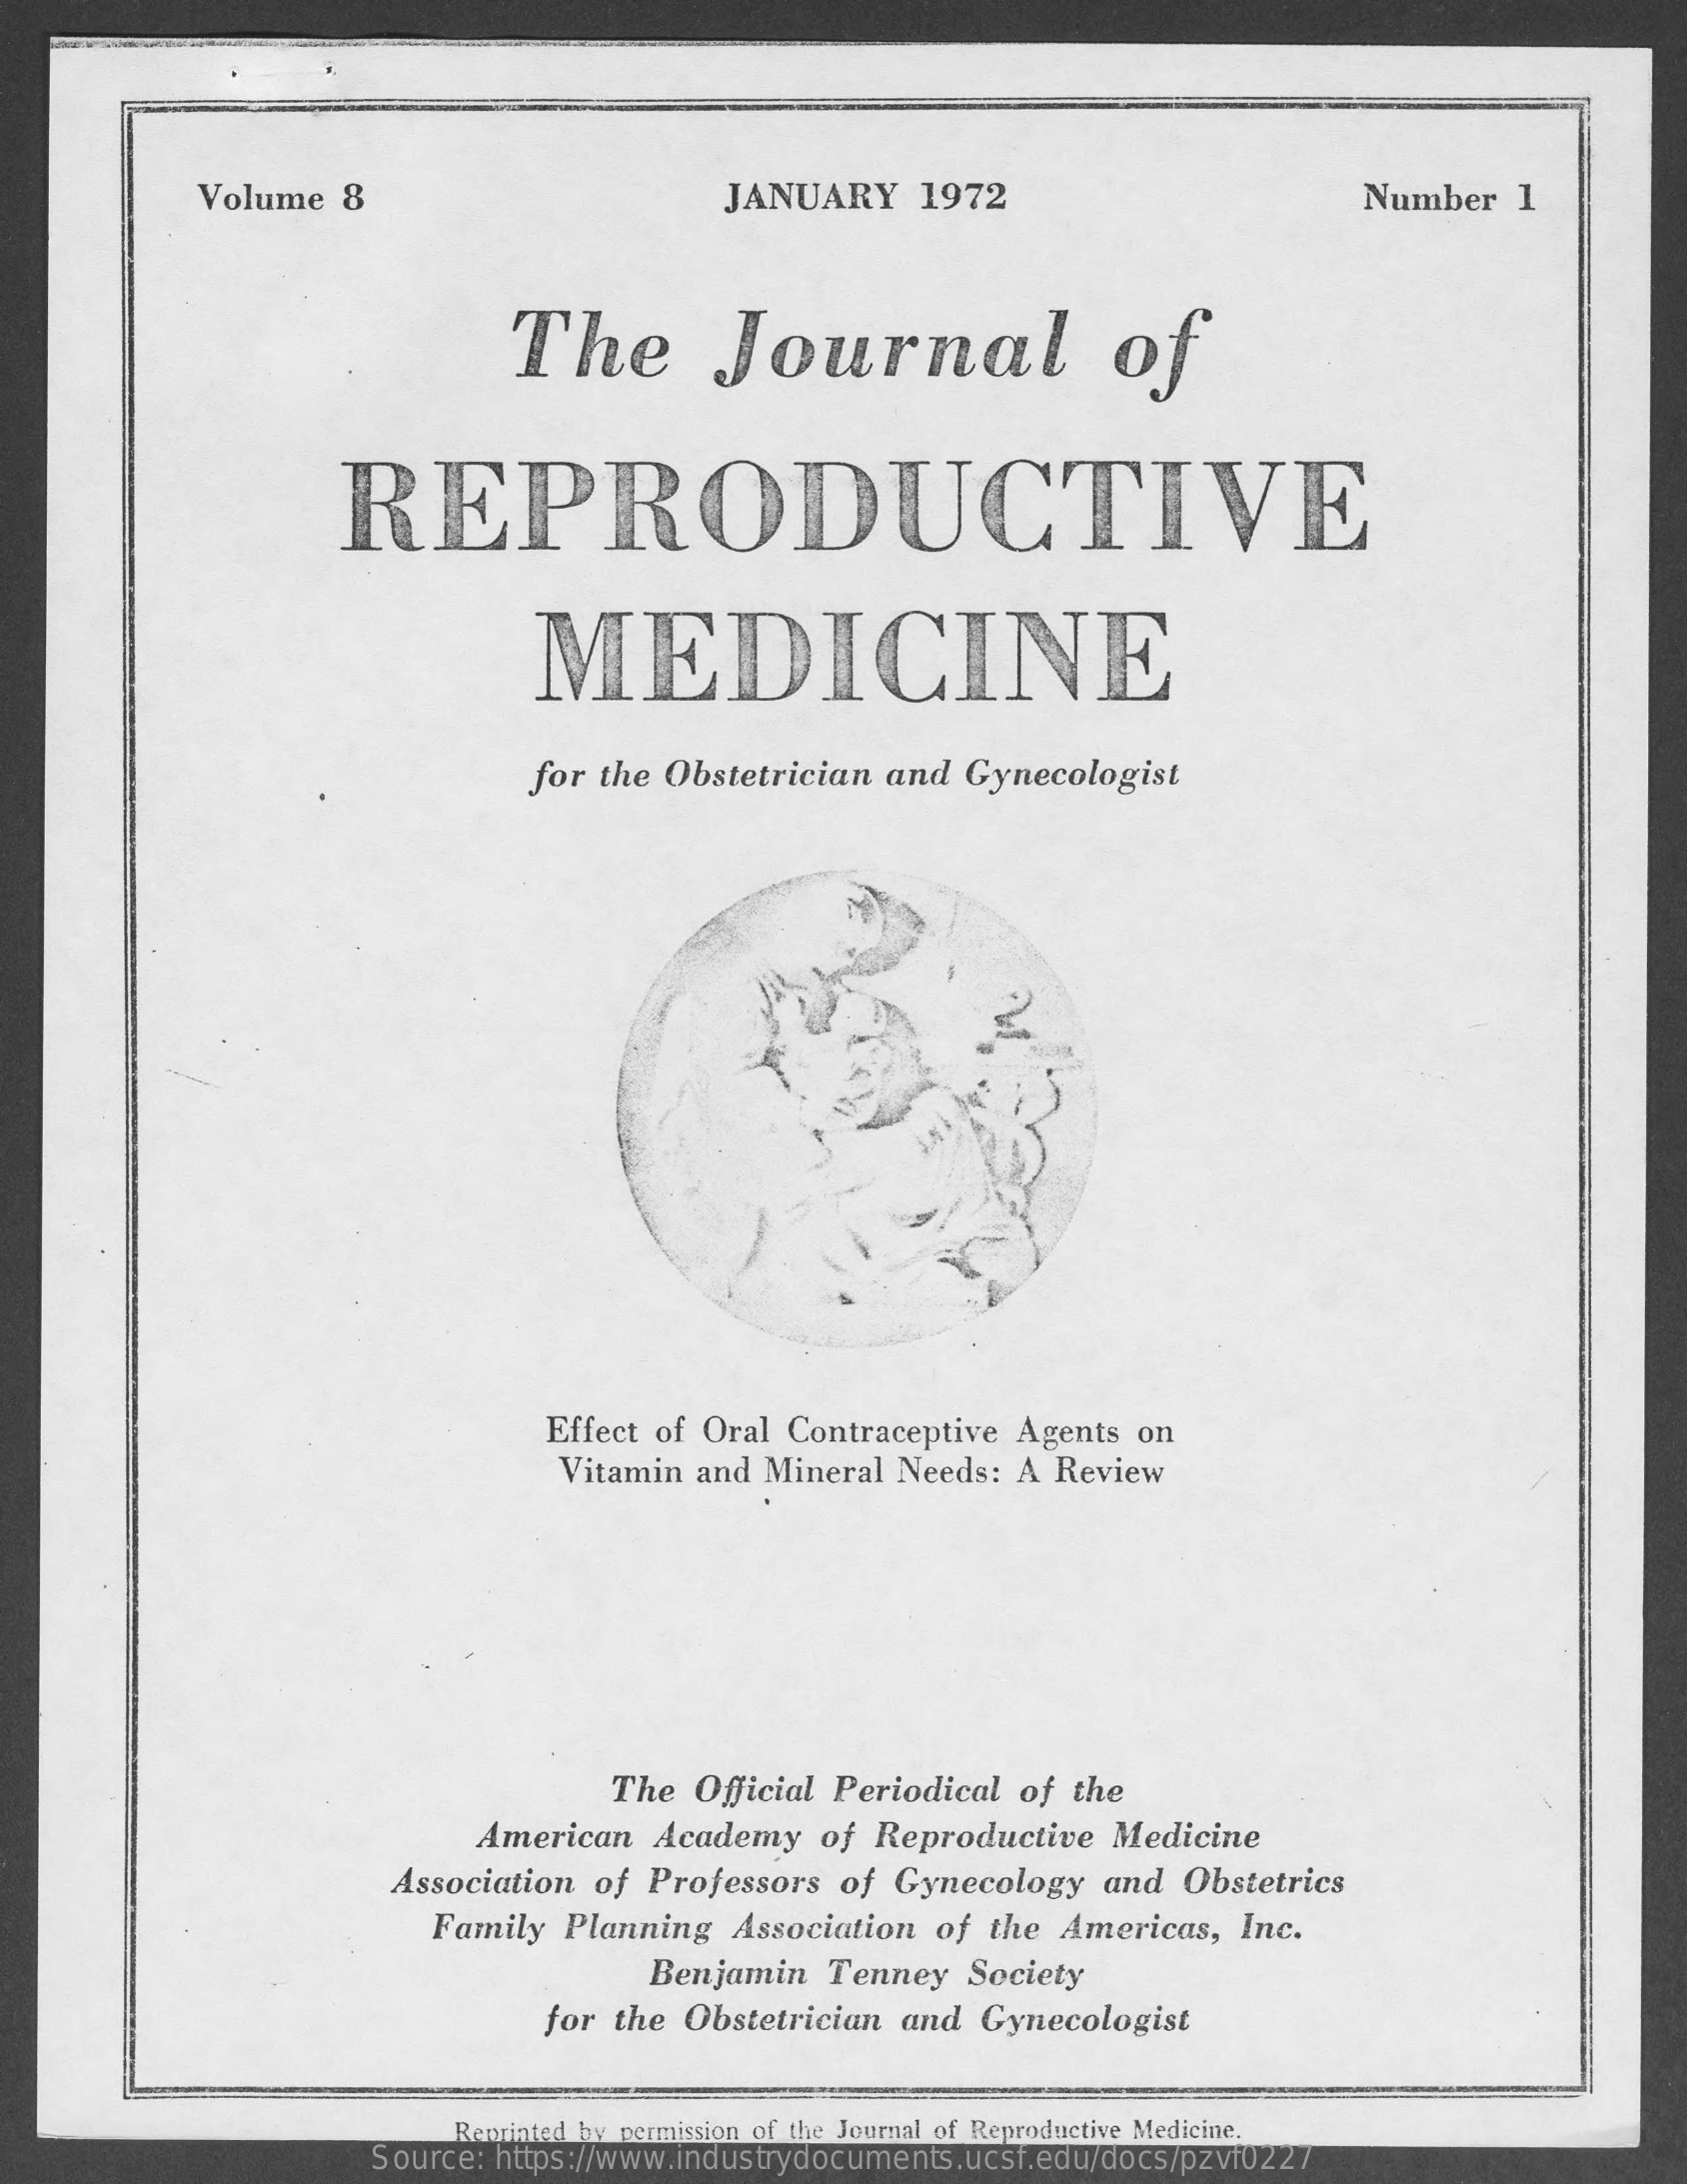
Volume  8    JANUARY    1972    Number    1
     The    Journal    of
     REPRODUCTIVE
     MEDICINE
     for the Obstetrician  and  Gynecologist
     Effect of Oral Contraceptive  Agents on
     Vitamin and Mineral Needs:  A Review
     The Official Periodical  of the
     American   Academy   of  Reproductive   Medicine
     Association of Professors  of  Gynecology   and  Obstetrics
     Family  Planning   Association  of the Americas,   Inc.
     Benjamin   Tenney  Society
     for the  Obstetrician and  Gynecologist
     Reprinted by permission of the Journal of Reproductive Medicine.
     Source: https://www.industrydocuments.ucsf.edu/docs/pzvf0227